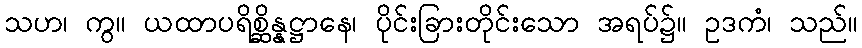
သဟ၊ ကွ။ ယထာပရိစ္ဆိန္နဋ္ဌာနေ၊ ပိုင်းခြားတိုင်းသော အရပ်၌။ ဥဒကံ၊ သည်။